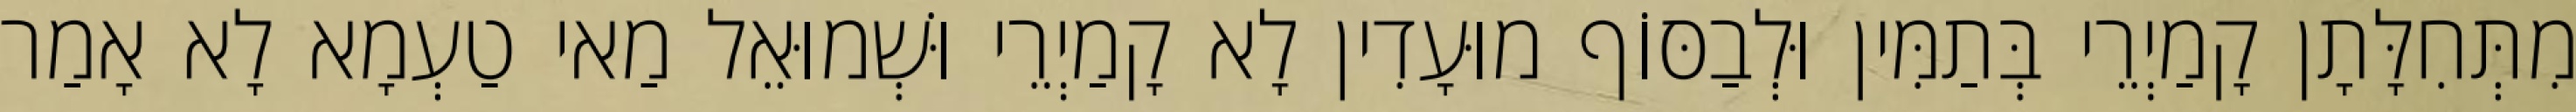
מִתְּחִלָּתָן קָמַיְרֵי בְּתַמִּין וּלְבַסּוֹף מוּעָדִין לָא קָמַיְרֵי וּשְׁמוּאֵל מַאי טַעְמָא לָא אָמַר